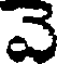
వె